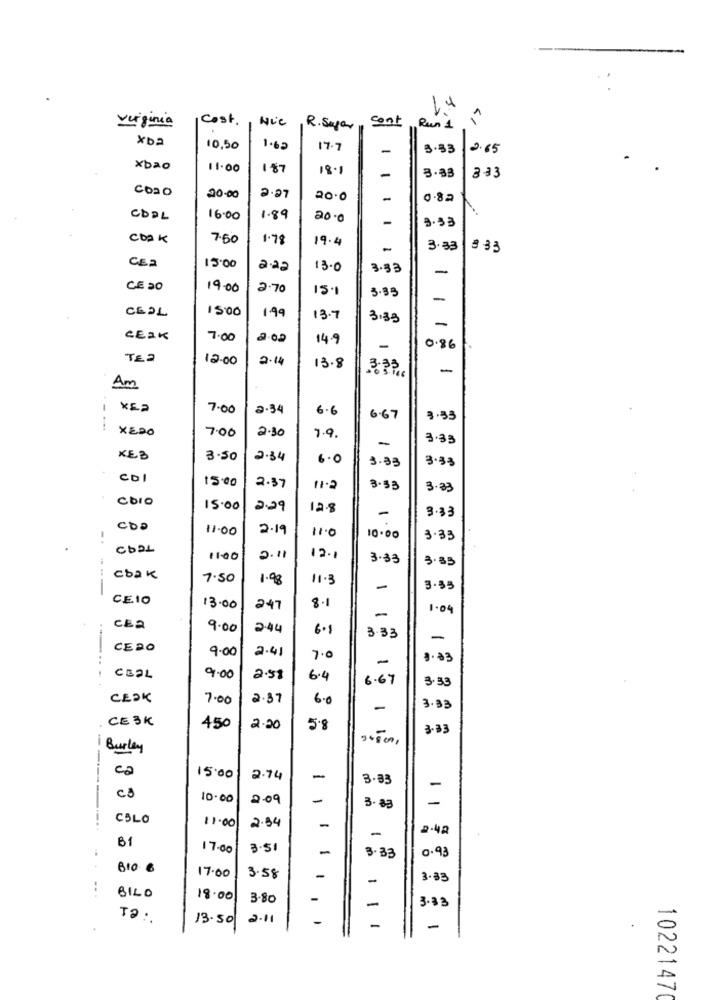
Cost.
Nie
virginia
R. Sajar
cent Run 1
xb2
10,50
1.62
17.7
-
3.33
2.65
xbao
11.00
187
18.1
3.33
3.33
Coa O
20.00
2.27
20.0
-
0.82
CbPL
16.00
1.89
20.0
-
3.33
COAK
7.50
1.78
19.4
-
3.33
# 33
15:00
CE2
2.22
13.0
3.33
-
OL.e
CE 20
19.00
15.1
3.33
-
CEDL
15:00
149
13.7
3.38
-
CEIK
7.00
2.0.0
14.9
-
0.86
TE2
12.00
2.14
13.8
-
Am
-
XE2
7.00
2.34
6.6
6.67
3.53
XEDO
7.00
2.30
7.9.
-
3.33
KEB
3.50
2.34
6.0
3.33
3.33
CDI
15.00
2.37
11.2
3.53
3.33
coIO
15.00
2.29
12.8
3.33
-
CDD
11.00
2.19
11.0
10.00
3.33
CD21
2.11
12.1
3.33
3.33
cbak
7.50
1.9
11.3
---
-
3.35
CE10
13.00
247
8.1
1.04
-
CEa
9.00
2.44
6.1
3.33
-
CEDO
9.00
2.41
7.
3.03
-
....
CELL
9.00
2.57
6.4
6.67
3.53
CEOK
7.00
2.37
6.0
-
3.33
CE3K
450
2.20
5.8
3-83
"+8 00,
Burley
c2
15:00
2.74
-
3.33
-
c3
10.00
2.09
-
-
3.83
CSLO
11.00
2.34
2.42
-
B1
17.00
3.51
3.33
0.93
BIO €
17.00
3.58
-
3.33
...
BILO
18.00
3.80
-
3.33
-
T2 :
13.50
2.11
-
-
-
1022147